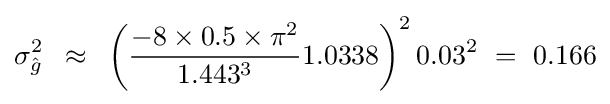
\sigma _{\hat {g}}^{2}\,\,\,\approx \,\,\,\left({{{-8\times 0.5\times \pi ^{2}} \over {1.443^{3}}}1.0338}\right)^{2}0.03^{2}\,\,=\,\,0.166